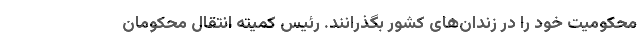
محکومیت خود را در زندان‌های کشور بگذرانند. رئیس کمیته انتقال محکومان